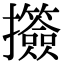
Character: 𢺅